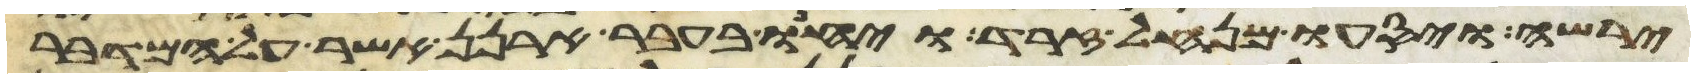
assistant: ירשה ויסעו מנחל זרד ויחנו בעבר ארנן אשר על המדבר